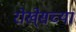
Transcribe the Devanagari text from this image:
रोखे्सच्या